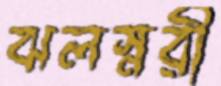
ঝলস্নরী